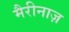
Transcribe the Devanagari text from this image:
मैरीनाज़